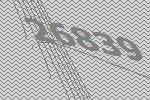
26839